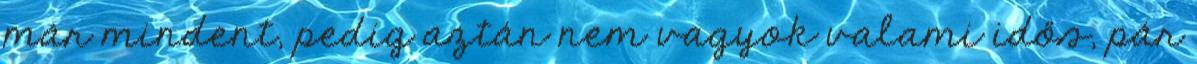
már mindent, pedig aztán nem vagyok valami idős, pár